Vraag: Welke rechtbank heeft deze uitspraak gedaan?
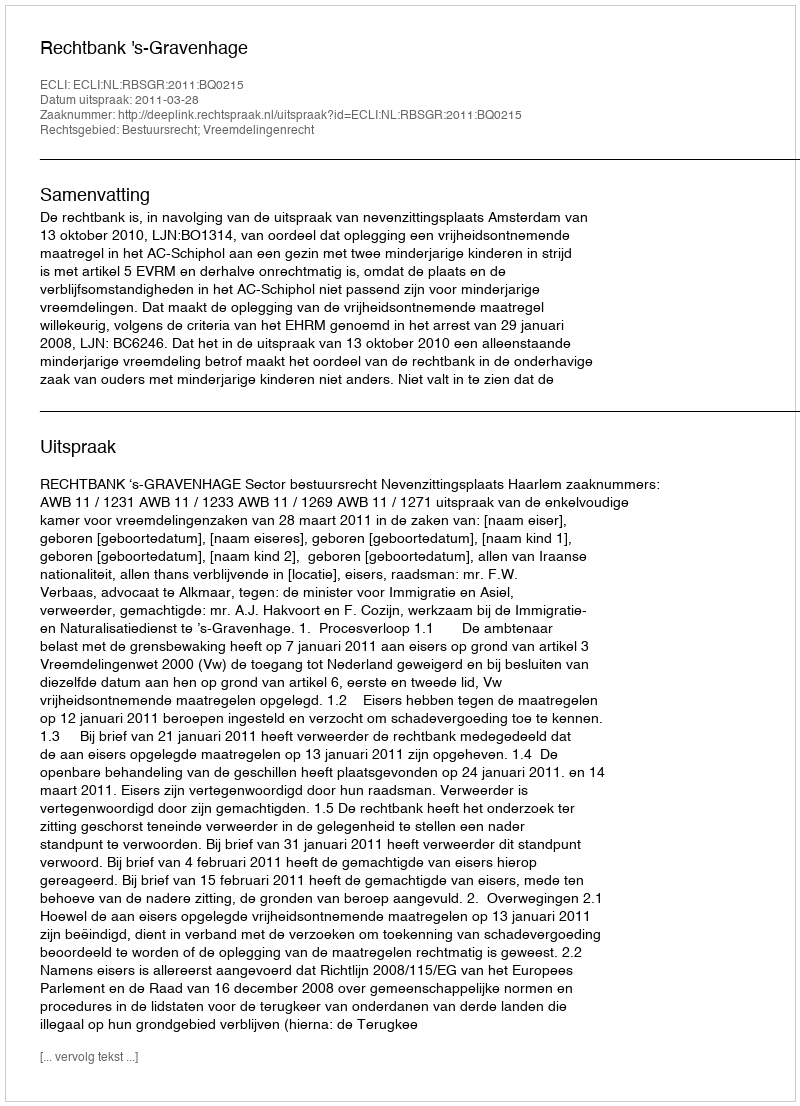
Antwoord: Rechtbank 's-Gravenhage